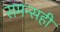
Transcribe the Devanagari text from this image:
समन्सही